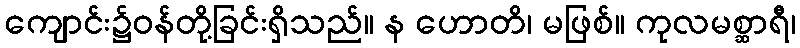
ကျောင်း၌ဝန်တို့ခြင်းရှိသည်။ န ဟောတိ၊ မဖြစ်။ ကုလမစ္ဆာရီ၊